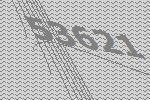
53621